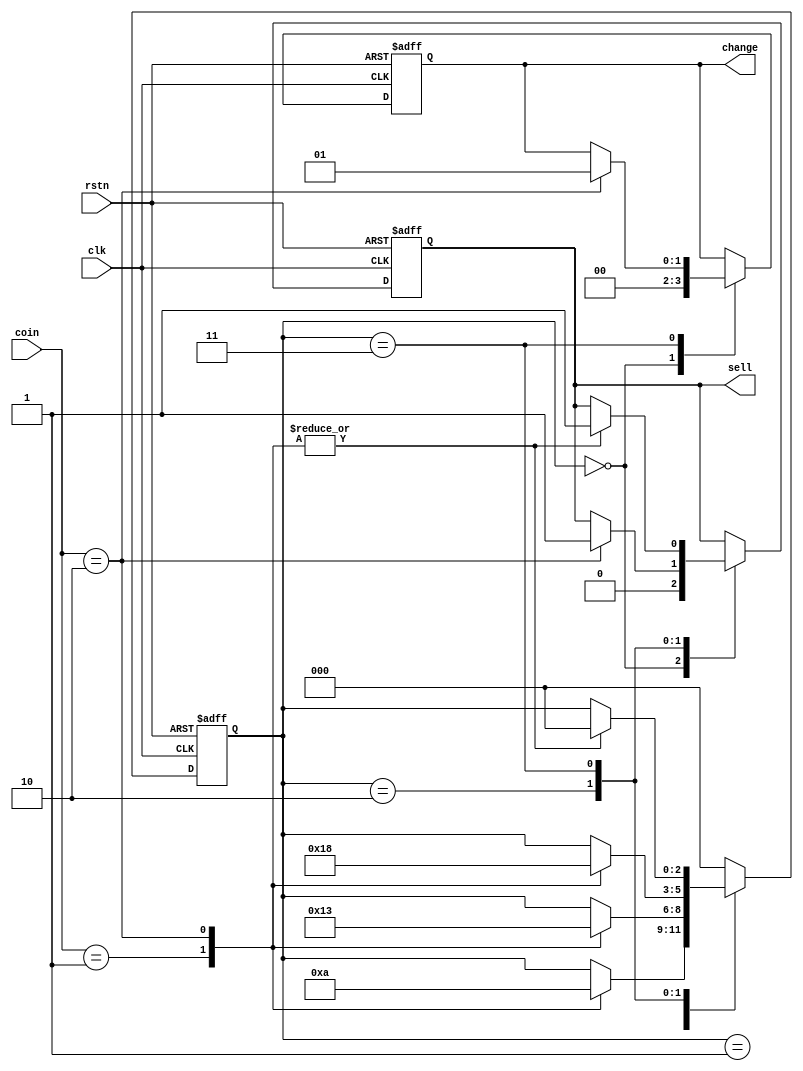
//vending-machine
// 2 yuan for a bottle of drink
// only 2 coins supported: 5 jiao and 1 yuan
// finish the function of selling and changing

module  vending_machine_p1
    (
        input           clk ,
        input           rstn ,
        input [1:0]     coin ,     //01 for 0.5 jiao, 10 for 1 yuan

        output [1:0]    change ,
        output          sell    //output the drink
     );

   //machine state decode
   parameter            IDLE   = 3'd0 ;
   parameter            GET05  = 3'd1 ;
   parameter            GET10  = 3'd2 ;
   parameter            GET15  = 3'd3 ;

   //machine variable
   reg [2:0]            st_cur ;

   //(1) using one state-variable do describe
   reg  [1:0]   change_r ;
   reg          sell_r ;
   always @(posedge clk or negedge rstn) begin
      if (!rstn) begin
         st_cur     <= 'b0 ;
         change_r   <= 2'b0 ;
         sell_r     <= 1'b0 ;
      end
      else begin
         case(st_cur)

           IDLE: begin
              change_r  <= 2'b0 ;
              sell_r    <= 1'b0 ;
              case (coin)
                2'b01:     st_cur <= GET05 ;
                2'b10:     st_cur <= GET10 ;
              endcase
           end
           GET05: begin
              case (coin)
                2'b01:     st_cur <= GET10 ;
                2'b10:     st_cur <= GET15 ;
              endcase
           end

           GET10:
             case (coin)
               2'b01:     begin
                  st_cur   <=  GET15 ;
               end
               2'b10:     begin
                  st_cur   <= IDLE ;
                  sell_r   <= 1'b1 ;
               end
             endcase

           GET15:
             case (coin)
               2'b01:     begin
                  st_cur   <= IDLE ;
                  sell_r   <= 1'b1 ;
               end
               2'b10:     begin
                  st_cur   <= IDLE ;
                  change_r <= 2'b1 ;
                  sell_r   <= 1'b1 ;
               end
             endcase

           default:  begin
              st_cur    <= IDLE ;
           end

         endcase // case (st_cur)
      end // else: !if(!rstn)
   end

   assign       sell    = sell_r ;
   assign       change  = change_r ;

endmodule